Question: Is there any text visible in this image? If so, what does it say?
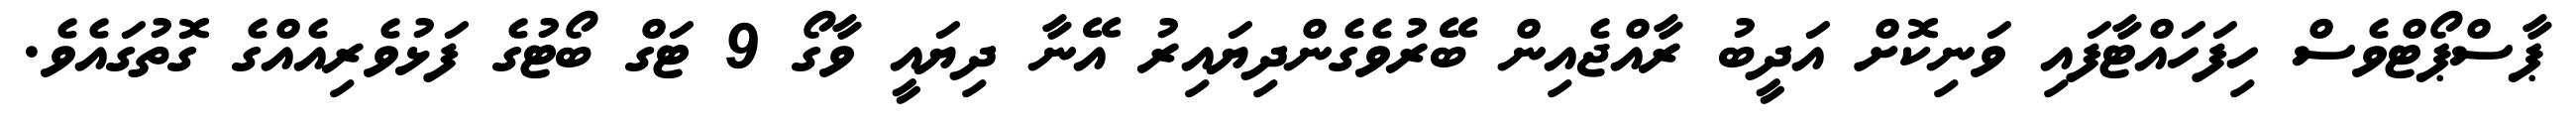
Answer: ޕާސްޕޯޓްވެސް ހިފަހައްޓާފައި ވަނިކޮށް އަދީބު ރާއްޖެއިން ބޭރުވެގެންދިޔައިރު އޭނާ ދިޔައީ ވާގޯ 9 ޓަގް ބޯޓުގެ ފަޅުވެރިއެއްގެ ގޮތުގައެވެ.